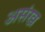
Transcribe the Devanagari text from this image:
असंख